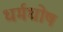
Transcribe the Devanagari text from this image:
धर्मघोष